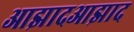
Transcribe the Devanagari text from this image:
आझादआझाद